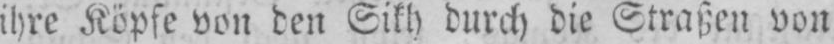
ihre Köpfe von den Sikh durch die Straßen von